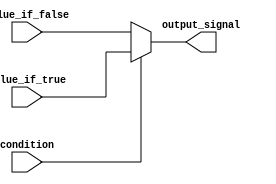
module conditional_assignment (
    input wire condition,          // Control signal
    input wire [7:0] value_if_true,  // Data signal for true condition
    input wire [7:0] value_if_false, // Data signal for false condition
    output wire [7:0] output_signal  // Output signal
);

// Continuous assignment using the ternary operator
assign output_signal = (condition) ? value_if_true : value_if_false;

endmodule